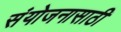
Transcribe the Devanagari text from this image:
संयोजनासाठी